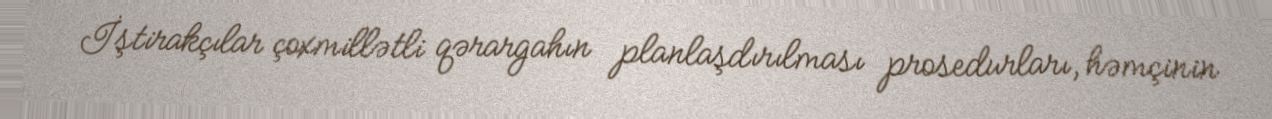
İştirakçılar çoxmillətli qərargahın planlaşdırılması prosedurları, həmçinin